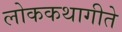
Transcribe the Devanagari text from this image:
लोककथागीते